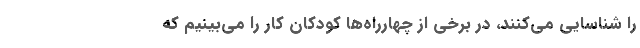
را شناسایی می‌کنند، در برخی از چهارراه‌ها کودکان کار را می‌بینیم که